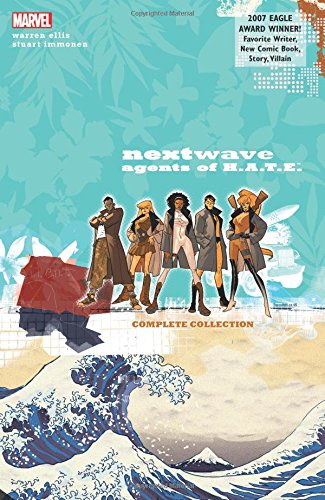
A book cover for Nextwave: Agents of H.A.T.E.: The Complete Collection; Warren Ellis; Comics & Graphic Novels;